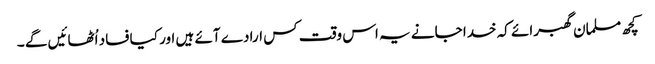
کچھ مسلمان گھبرائے کہ خدا جانے یہ اس وقت کس ارادے آئے ہیں اور کیا فساد اُٹھائیں گے ۔